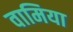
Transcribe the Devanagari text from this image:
वामिया